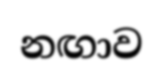
නඟාව